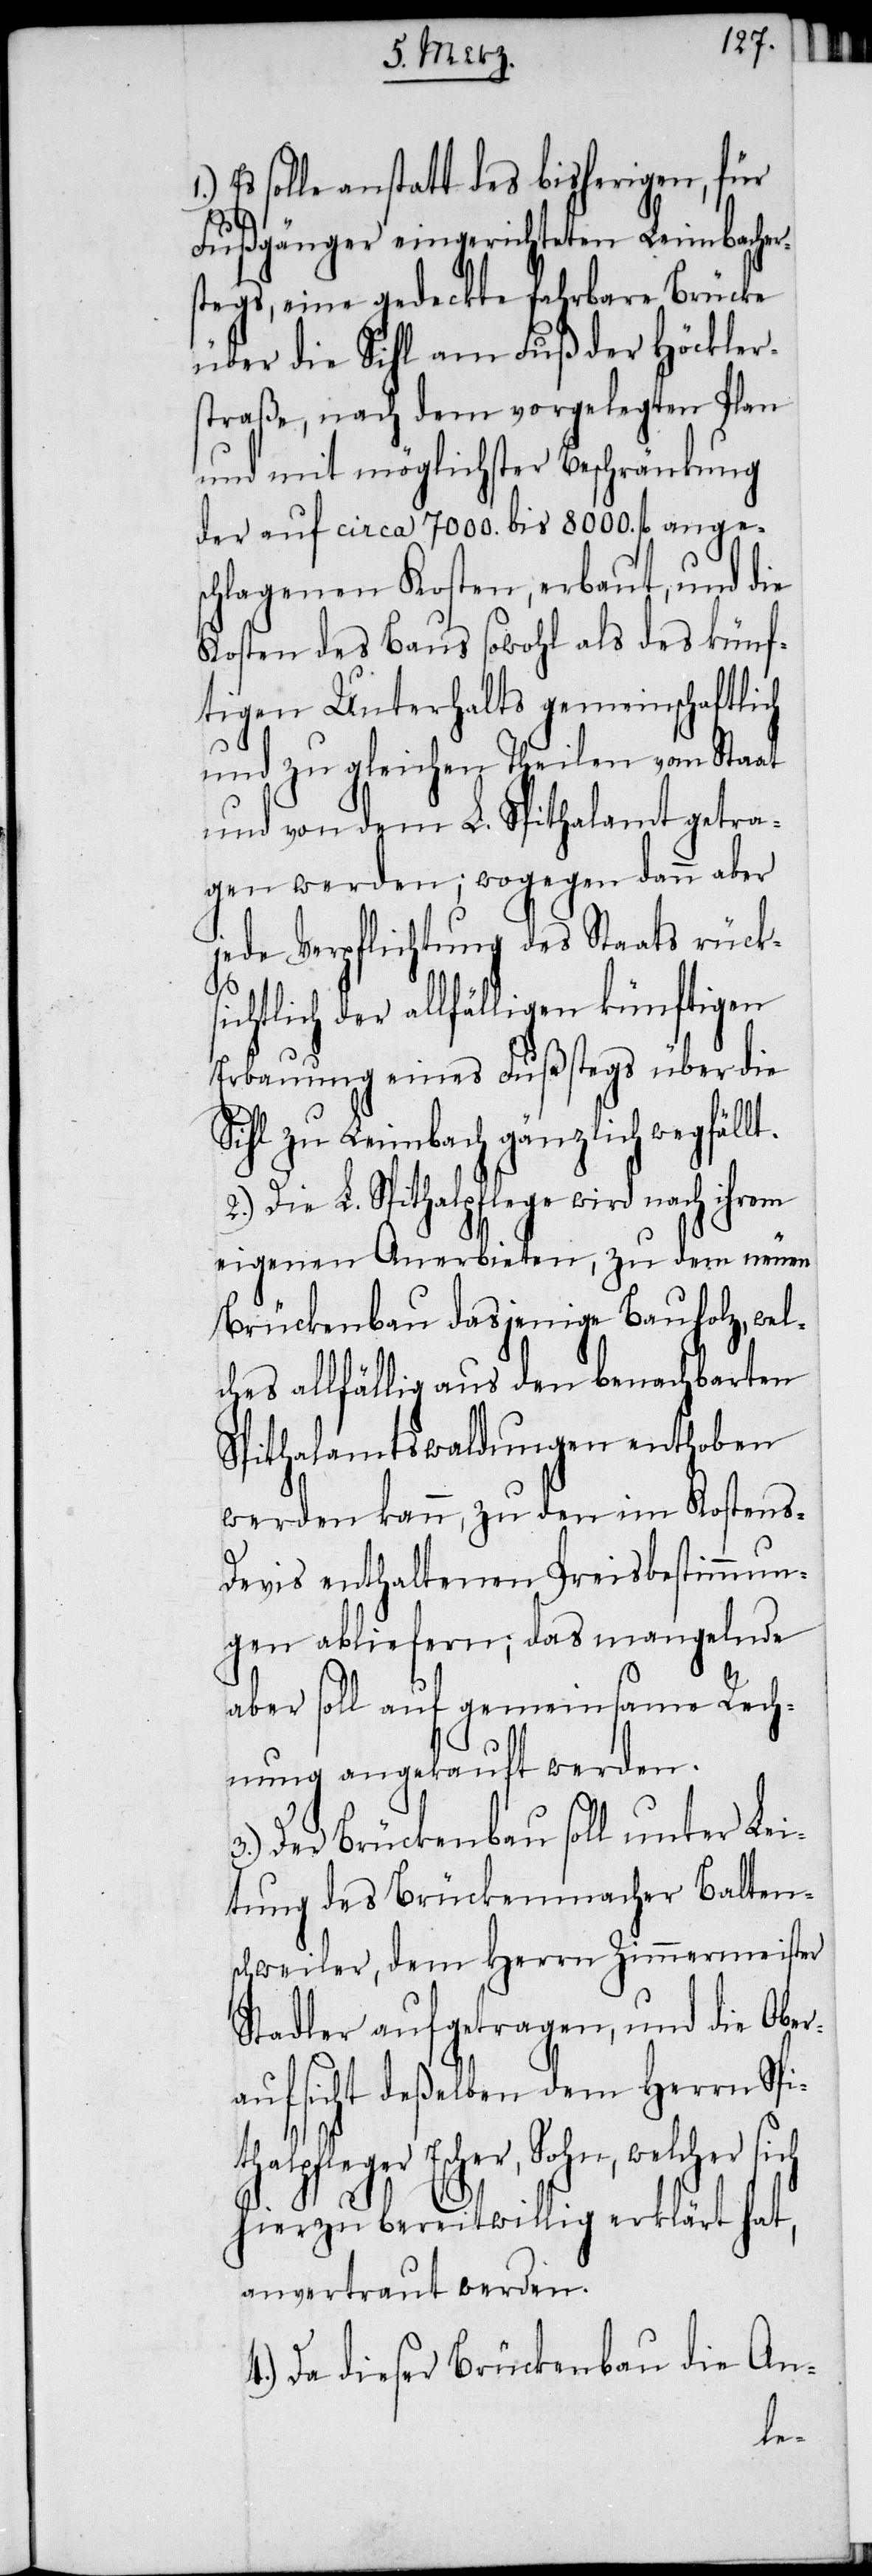
Es solle anstatt des bisherigen, für
Fußgänger eingerichteten Leimbacher¬
stegs, eine gedeckte fahrbare Brücke
über die Sihl am Fuß der Höckler¬
straße, nach dem vorgelegten Plan
und mit möglichster Beschränkung
der auf circa 7000. bis 8000. fl anges¬
chlagenen Kosten, erbaut, und die
Kosten des Baus sowohl als des künf¬
tigen Unterhalts gemeinschaftlich
und zu gleichen Theilen vom Staat
und von dem L. Spithalamt getra¬
gen werden; wogegen dann aber
jede Verpflichtung des Staats rücks¬
ichtlich der allfälligen künftigen
Erbauung eines Fußstegs über die
Sihl zu Leimbach gänzlich wegfällt.
Die L. Spithalpflege wird nach ihrem
eigenen Anerbieten, zu dem neuen
Brückenbau dasjenige Bauholz, wel¬
ches allfällig aus den benachbarten
Spithalamtswaldungen enthoben
werden kann, zu den im Kostens-D¬
evis enthaltenen Preisbestimmun¬
gen abliefern; das mangelnde
aber soll auf gemeinsame Rech¬
nung angekauft werden.
3.) Der Brückenbau soll unter Lei¬
tung des Brückenmacher Balten¬
schweiler, dem Herrn Zimmermeister
Stadler aufgetragen, und die Ober¬
aufsicht deßelben dem Herrn Spit¬
pfleger Escher, Sohn, welcher sich
hierzu bereitwillig erklärt hat,
anvertraut werden.
Da dieser Brückenbau die An-
hal¬